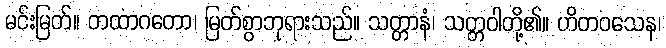
မင်းမြတ်။ တထာဂတော၊ မြတ်စွာဘုရားသည်။ သတ္တာနံ၊ သတ္တဝါတို့၏။ ဟိတဝသေန၊